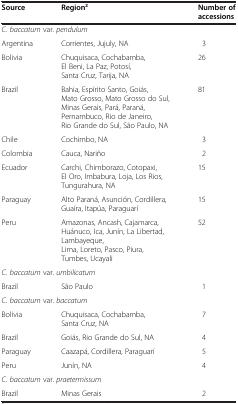
<table><thead><tr><td><b>Source</b></td><td><b>Region<sup>z</sup></b></td><td><b>Number of accessions</b></td></tr></thead><tbody><tr><td colspan="3"><i>C. baccatum</i> var. <i>pendulum</i></td></tr><tr><td>Argentina</td><td>Corrientes, Jujuly, NA</td><td>3</td></tr><tr><td>Bolivia</td><td>Chuquisaca, Cochabamba, El Beni, La Paz, Potosí, Santa Cruz, Tarija, NA</td><td>26</td></tr><tr><td>Brazil</td><td>Bahia, Espírito Santo, Goiás, Mato Grosso, Mato Grosso do Sul, Minas Gerais, Pará, Paraná, Pernambuco, Rio de Janeiro, Rio Grande do Sul, São Paulo, NA</td><td>81</td></tr><tr><td>Chile</td><td>Cochimbo, NA</td><td>3</td></tr><tr><td>Colombia</td><td>Cauca, Nariño</td><td>2</td></tr><tr><td>Ecuador</td><td>Carchi, Chimborazo, Cotopaxi, El Oro, Imbabura, Loja, Los Rios, Tungurahura, NA</td><td>15</td></tr><tr><td>Paraguay</td><td>Alto Paraná, Asunción, Cordillera, Guaíra, Itapúa, Paraguarí</td><td>15</td></tr><tr><td>Peru</td><td>Amazonas, Ancash, Cajamarca, Huánuco, Ica, Junín, La Libertad, Lambayeque, Lima, Loreto, Pasco, Piura, Tumbes, Ucayali</td><td>52</td></tr><tr><td colspan="3"><i>C. baccatum</i> var. <i>umbilicatum</i></td></tr><tr><td>Brazil</td><td>São Paulo</td><td>1</td></tr><tr><td colspan="3"><i>C. baccatum</i> var. <i>baccatum</i></td></tr><tr><td>Bolivia</td><td>Chuquisaca, Cochabamba, Santa Cruz, NA</td><td>7</td></tr><tr><td>Brazil</td><td>Goiás, Rio Grande do Sul, NA</td><td>4</td></tr><tr><td>Paraguay</td><td>Caazapá, Cordillera, Paraguarí</td><td>5</td></tr><tr><td>Peru</td><td>Junín, NA</td><td>4</td></tr><tr><td colspan="3"><i>C. baccatum</i> var. <i>praetermissum</i></td></tr><tr><td>Brazil</td><td>Minas Gerais</td><td>2</td></tr></tbody></table>